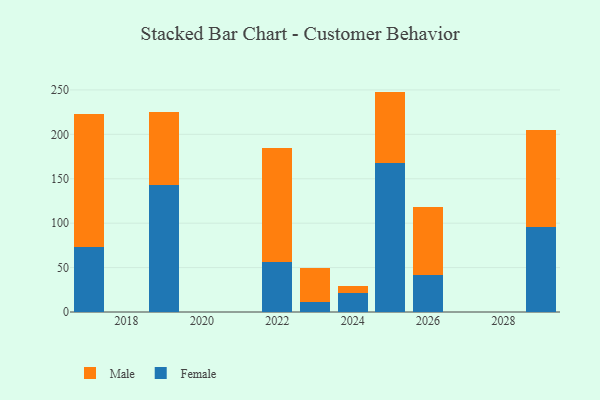
{"axis": {"x": "Year", "y": "LTV (USD)"}, "legend": ["Female", "Male"], "data": [{"x": "2023", "y": 10.8, "type": "Female"}, {"x": "2023", "y": 38.6, "type": "Male"}, {"x": "2029", "y": 95.7, "type": "Female"}, {"x": "2029", "y": 108.9, "type": "Male"}, {"x": "2019", "y": 142.8, "type": "Female"}, {"x": "2019", "y": 82.9, "type": "Male"}, {"x": "2025", "y": 167.8, "type": "Female"}, {"x": "2025", "y": 80.3, "type": "Male"}, {"x": "2024", "y": 21.1, "type": "Female"}, {"x": "2024", "y": 7.8, "type": "Male"}, {"x": "2022", "y": 56.1, "type": "Female"}, {"x": "2022", "y": 128.8, "type": "Male"}, {"x": "2026", "y": 41.9, "type": "Female"}, {"x": "2026", "y": 76.8, "type": "Male"}, {"x": "2017", "y": 73.3, "type": "Female"}, {"x": "2017", "y": 149.8, "type": "Male"}]}